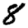
Digit: 8